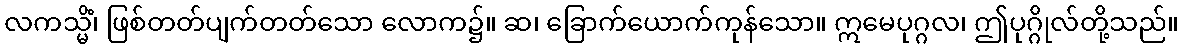
လကသ္မိံ၊ ဖြစ်တတ်ပျက်တတ်သော လောက၌။ ဆ၊ ခြောက်ယောက်ကုန်သော။ ဣမေပုဂ္ဂလ၊ ဤပုဂ္ဂိုလ်တို့သည်။